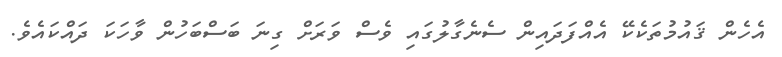
އެހެން ޤައުމުތަކެކޭ އެއްފަދައިން ސެނެގާލުގައި ވެސް ވަރަށް ގިނަ ބަސްބަހުން ވާހަކަ ދައްކައެވެ.